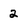
Character: 2